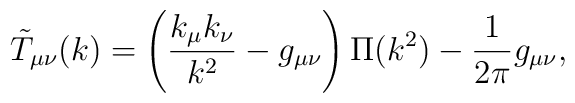
\tilde{T}_{\mu\nu}(k) = \left( \frac{k_{\mu}k_{\nu}}{k^2} - g_{\mu\nu}\right) \Pi (k^2) -\frac{1}{2\pi}g_{\mu\nu} ,